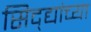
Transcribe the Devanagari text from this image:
सिद्द्यांच्या